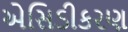
એસિડીકરણ